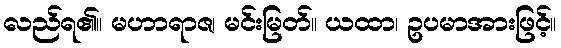
လည်ရ၏။ မဟာရာဇ၊ မင်းမြတ်။ ယထာ၊ ဥပမာအားဖြင့်။